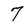
Character: 7